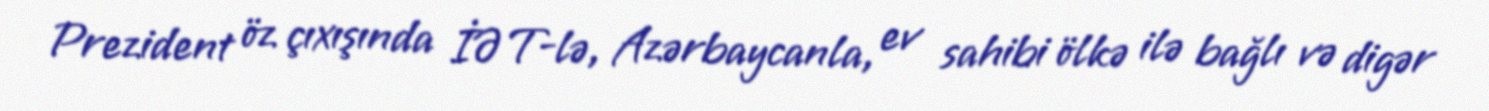
Prezident öz çıxışında İƏT-lə, Azərbaycanla, ev sahibi ölkə ilə bağlı və digər